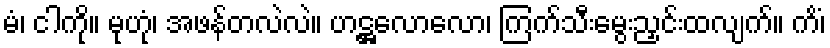
မံ၊ ငါကို။ မုဟုံ၊ အဖန်တလဲလဲ။ ဟဋ္ဌလောလော၊ ကြက်သီးမွေးညှင်းထလျက်။ ကိံ၊